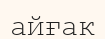
айғак